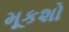
મૂકશો